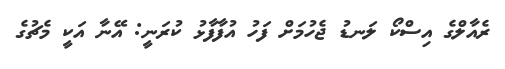
ރެއާލްގެ އިސްކޯ ލަނޑު ޖެހުމަށް ފަހު އުފާފާޅު ކުރަނީ: އޭނާ އަކީ މެޗުގެ